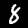
Label: 8